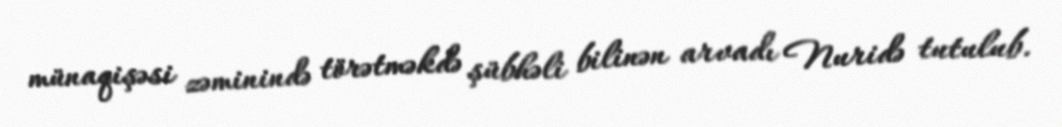
münaqişəsi zəminində törətməkdə şübhəli bilinən arvadı Nuridə tutulub.